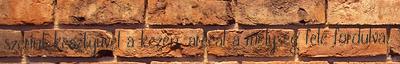
szerint kesztyűvel a kezén, arccal a mélység felé fordulva.